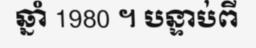
ឆ្នាំ 1980 ។ បន្ទាប់ពី